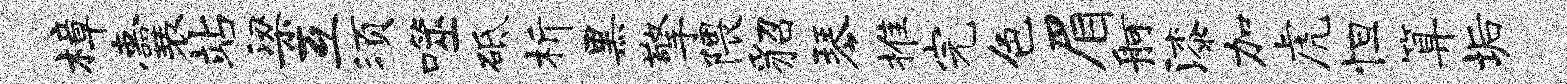
樟囊站梁互须噬砥析黑擎隈貂琴推完色眉舸漆加虎怛算垢